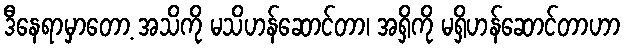
ဒီနေရာမှာတော့ အသိကို မသိဟန်ဆောင်တာ၊ အရှိကို မရှိဟန်ဆောင်တာဟာ